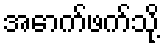
အောက်ဖက်သို့